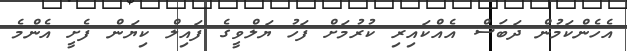
އެހެންކަމުން ދަބަސް އެއްކައިރި ކުރުމަށް ފަހު ޔަލްވީގެ ފައިލް ކިޔަން ފެށީ އެންމެ